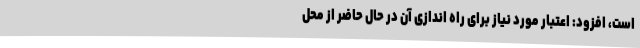
است، افزود: اعتبار مورد نیاز برای راه اندازی آن در حال حاضر از محل